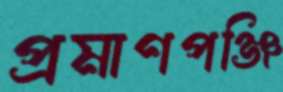
প্রমাণপঞ্জি